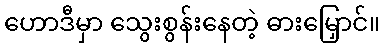
ဟောဒီမှာ သွေးစွန်းနေတဲ့ ဓားမြှောင်။